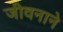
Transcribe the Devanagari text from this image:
जीवनाने